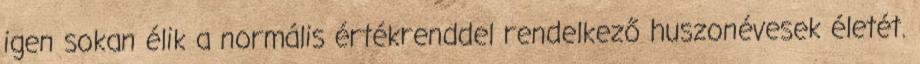
igen sokan élik a normális értékrenddel rendelkező huszonévesek életét.